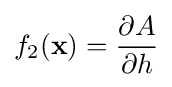
f_{2}(\mathbf {x} )={\frac {\partial A}{\partial h}}